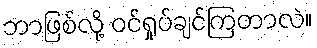
ဘာဖြစ်လို့ ဝင်ရှုပ်ချင်ကြတာလဲ။